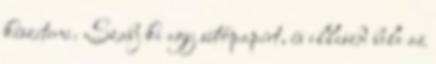
készíteni. Szabj ki egy sütőpapírt, és illeszd bele az